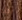
أجل